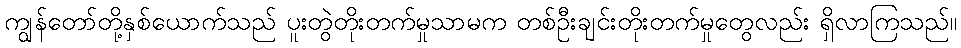
ကျွန်တော်တို့နှစ်ယောက်သည် ပူးတွဲတိုးတက်မှုသာမက တစ်ဦးချင်းတိုးတက်မှုတွေလည်း ရှိလာကြသည်။